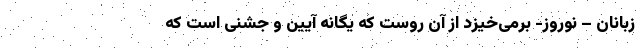
زبانان – نوروز- برمی‌خیزد از آن روست که یگانه آیین و جشنی است که